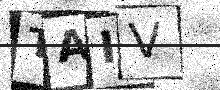
Text: TAIV